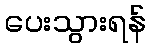
ပေးသွားရန်